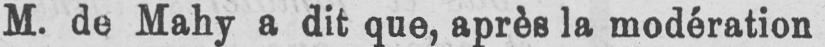
M. de Mahy a dit que, après la modération